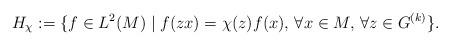
LaTeX: \begin{align*} H_\chi:=\{f\in L^2(M) \mid f(zx ) =\chi(z)f(x ), \,\forall x \in M,\, \forall z\in G^{(k)}\}.\end{align*}